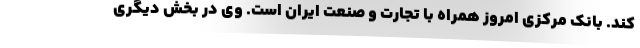
کند. بانک مرکزی امروز همراه با تجارت و صنعت ایران است. وی در بخش دیگری